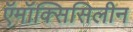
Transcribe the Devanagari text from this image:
ऍमॉक्सिसिलीन